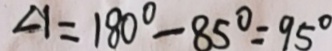
\angle 1 = 1 8 0 ^ { \circ } - 8 5 ^ { \circ } = 9 5 ^ { \circ }